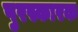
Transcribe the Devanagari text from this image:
पुरस्कारक